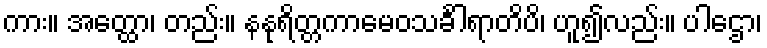
ကား။ အတ္ထော၊ တည်း။ နနုရိတ္တကာမေဝသင်္ခါရာတိပိ၊ ဟူ၍လည်း။ ပါဌော၊